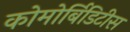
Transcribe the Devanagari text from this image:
कोमोर्बिडिटीस